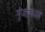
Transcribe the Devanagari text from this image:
पुंजप्रकाश